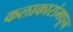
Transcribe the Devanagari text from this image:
कलाकारांमधून